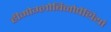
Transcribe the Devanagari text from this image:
हीमोग्लोबिनोपैथियां